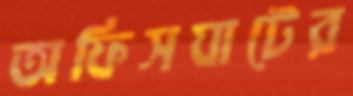
অফিসঘাটের